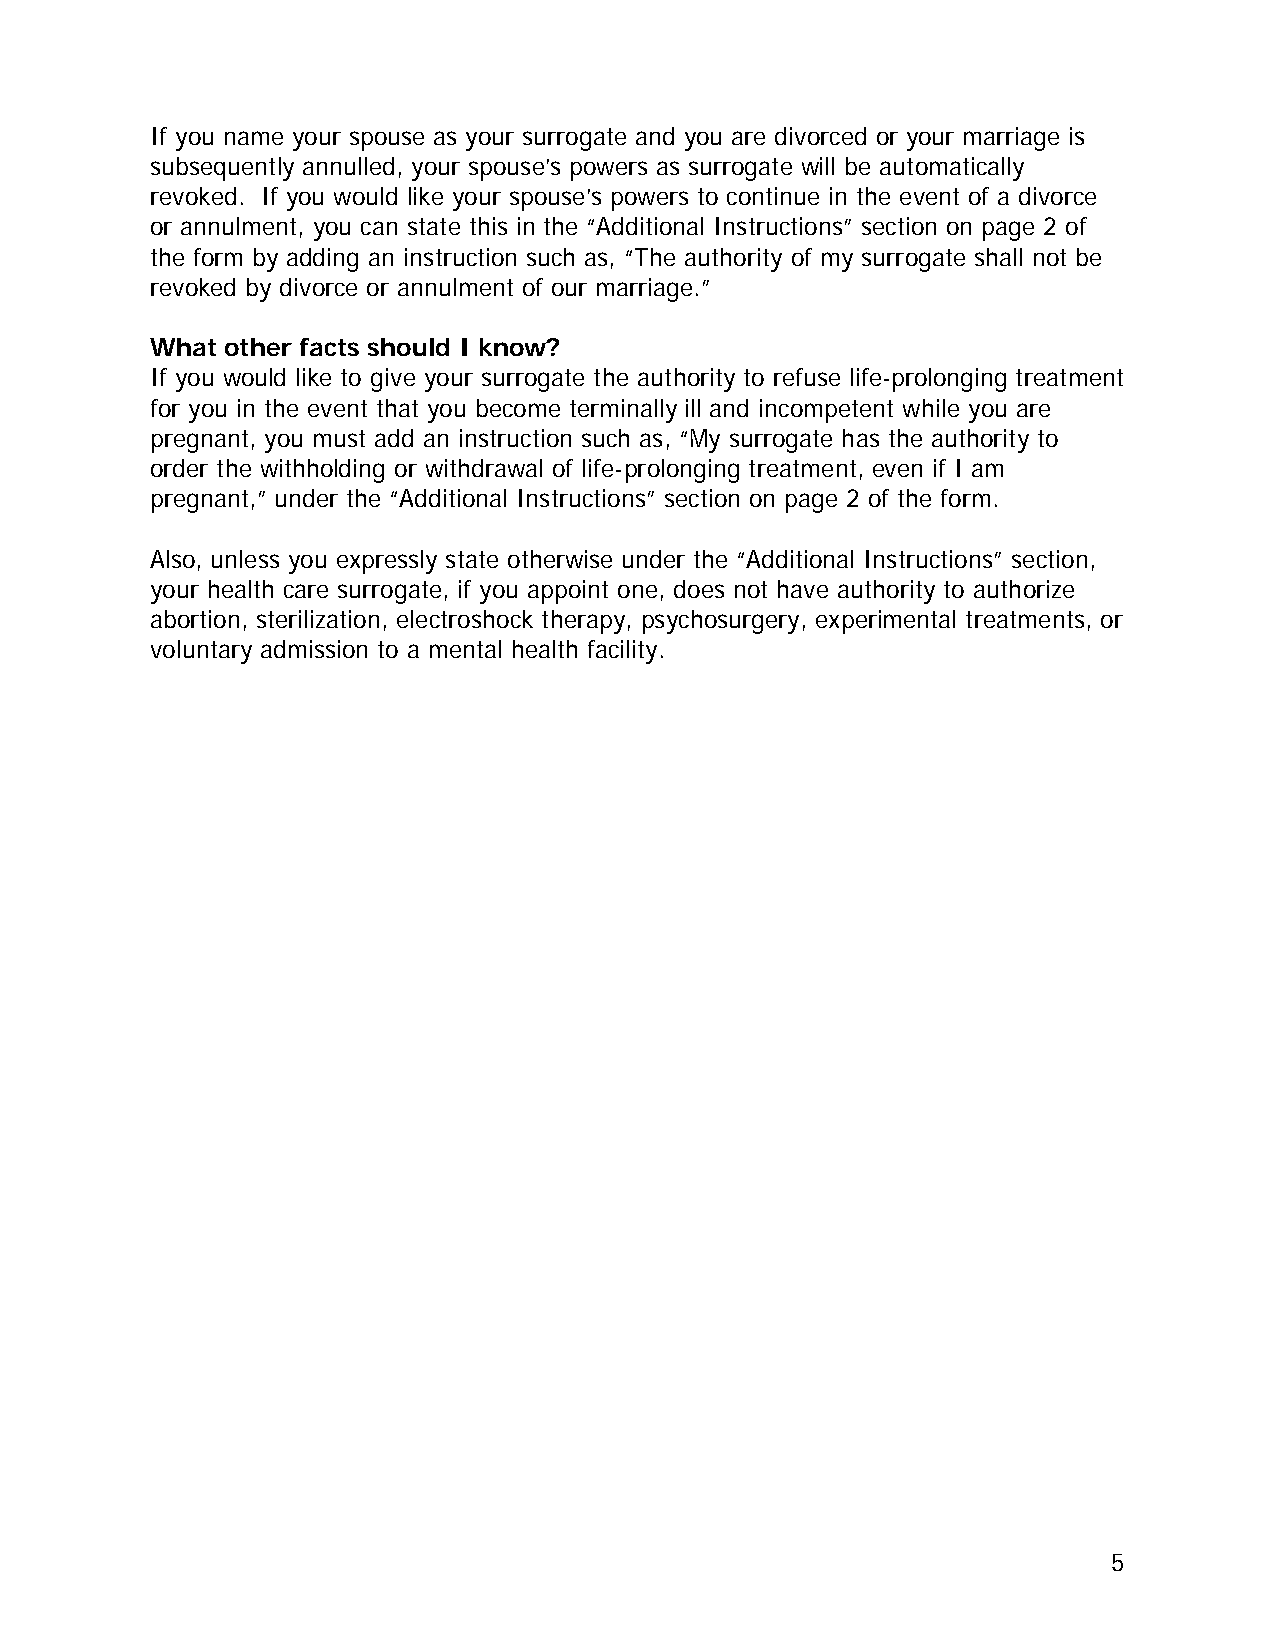
If you name your spouse as your surrogate and you are divorced or your marriage is
 subsequently annulled, your spouse’s powers as surrogate will be automatically
 revoked. If you would like your spouse’s powers to continue in the event of a divorce
 or annulment, you can state this in the “Additional Instructions” section on page 2 of
 the form by adding an instruction such as, “The authority of my surrogate shall not be
 revoked by divorce or annulment of our marriage.”
 What other facts should I know?
 If you would like to give your surrogate the authority to refuse life-prolonging treatment
 for you in the event that you become terminally ill and incompetent while you are
 pregnant, you must add an instruction such as, “My surrogate has the authority to
 order the withholding or withdrawal of life-prolonging treatment, even if I am
 pregnant,” under the “Additional Instructions” section on page 2 of the form.
 Also, unless you expressly state otherwise under the “Additional Instructions” section,
 your health care surrogate, if you appoint one, does not have authority to authorize
 abortion, sterilization, electroshock therapy, psychosurgery, experimental treatments, or
 voluntary admission to a mental health facility.
 5